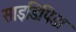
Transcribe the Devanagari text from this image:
साइडिपिडा